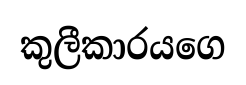
කුලීකාරයගෙ